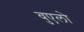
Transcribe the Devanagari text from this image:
वुएलो